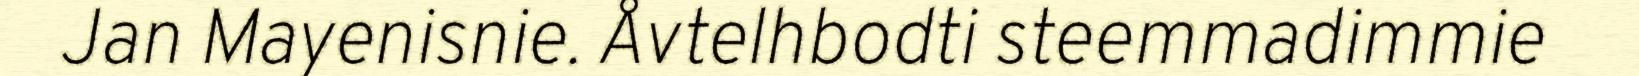
Jan Mayenisnie. Åvtelhbodti steemmadimmie